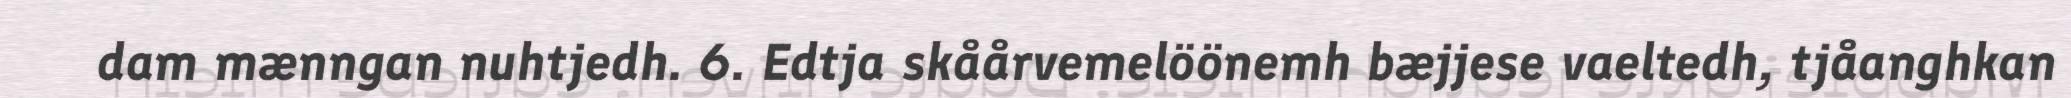
dam mænngan nuhtjedh. 6. Edtja skåårvemelöönemh bæjjese vaeltedh, tjåanghkan